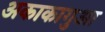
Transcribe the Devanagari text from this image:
अकाकागुआ